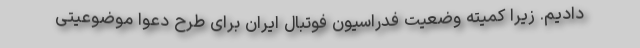
‌دادیم. زیرا کمیته وضعیت فدراسیون فوتبال ایران برای طرح دعوا موضوعیتی